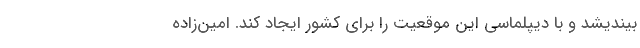
بیندیشد و با دیپلماسی این موقعیت را برای کشور ایجاد کند. امین‌زاده